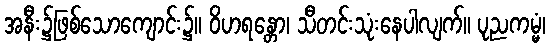
အနီး၌ဖြစ်သောကျောင်း၌။ ဝိဟရန္တော၊ သီတင်းသုံးနေပါလျက်။ ပုညကမ္မံ၊